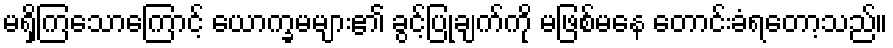
မရှိကြသောကြောင့် ယောက္ခမများ၏ ခွင့်ပြုချက်ကို မဖြစ်မနေ တောင်းခံရတော့သည်။